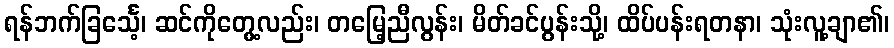
ရန်ဘက်ခြင်္သေ့၊ ဆင်ကိုတွေ့လည်း၊ တမြေ့ညီလွန်း၊ မိတ်ခင်ပွန်းသို့၊ ထိပ်ပန်းရတနာ၊ သုံးလူ့ချာ၏၊